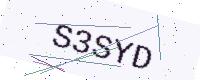
Text: S3SYD